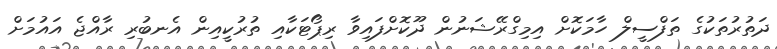
ދަތުރުތަކުގެ ތަފްސީލް ހާމަކޮށް އިމިގްރޭޝަނުން ދޫކޮށްފައިވާ ރިޕޯޓަކާއި ތުރުކީއިން އެނބުރި ރާއްޖެ އައުމަށް